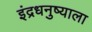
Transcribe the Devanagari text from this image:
इंद्रधनुष्याला